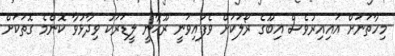
މިހާތަނަށް އައިއިރުވެސް އިބޫގެ ރޯލަކަށް ވެފައިވަނީ ރޫޙާނީ ލީޑަރަކު ވިދާޅުވާ ކޮންމެ ގޮތަކަށް